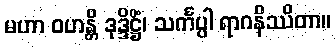
မဟာ ဝဟန္တိ ဒုဒ္ဒိဋ္ဌိံ၊ သင်္ကပ္ပါ ရာဂနိဿိတာ။